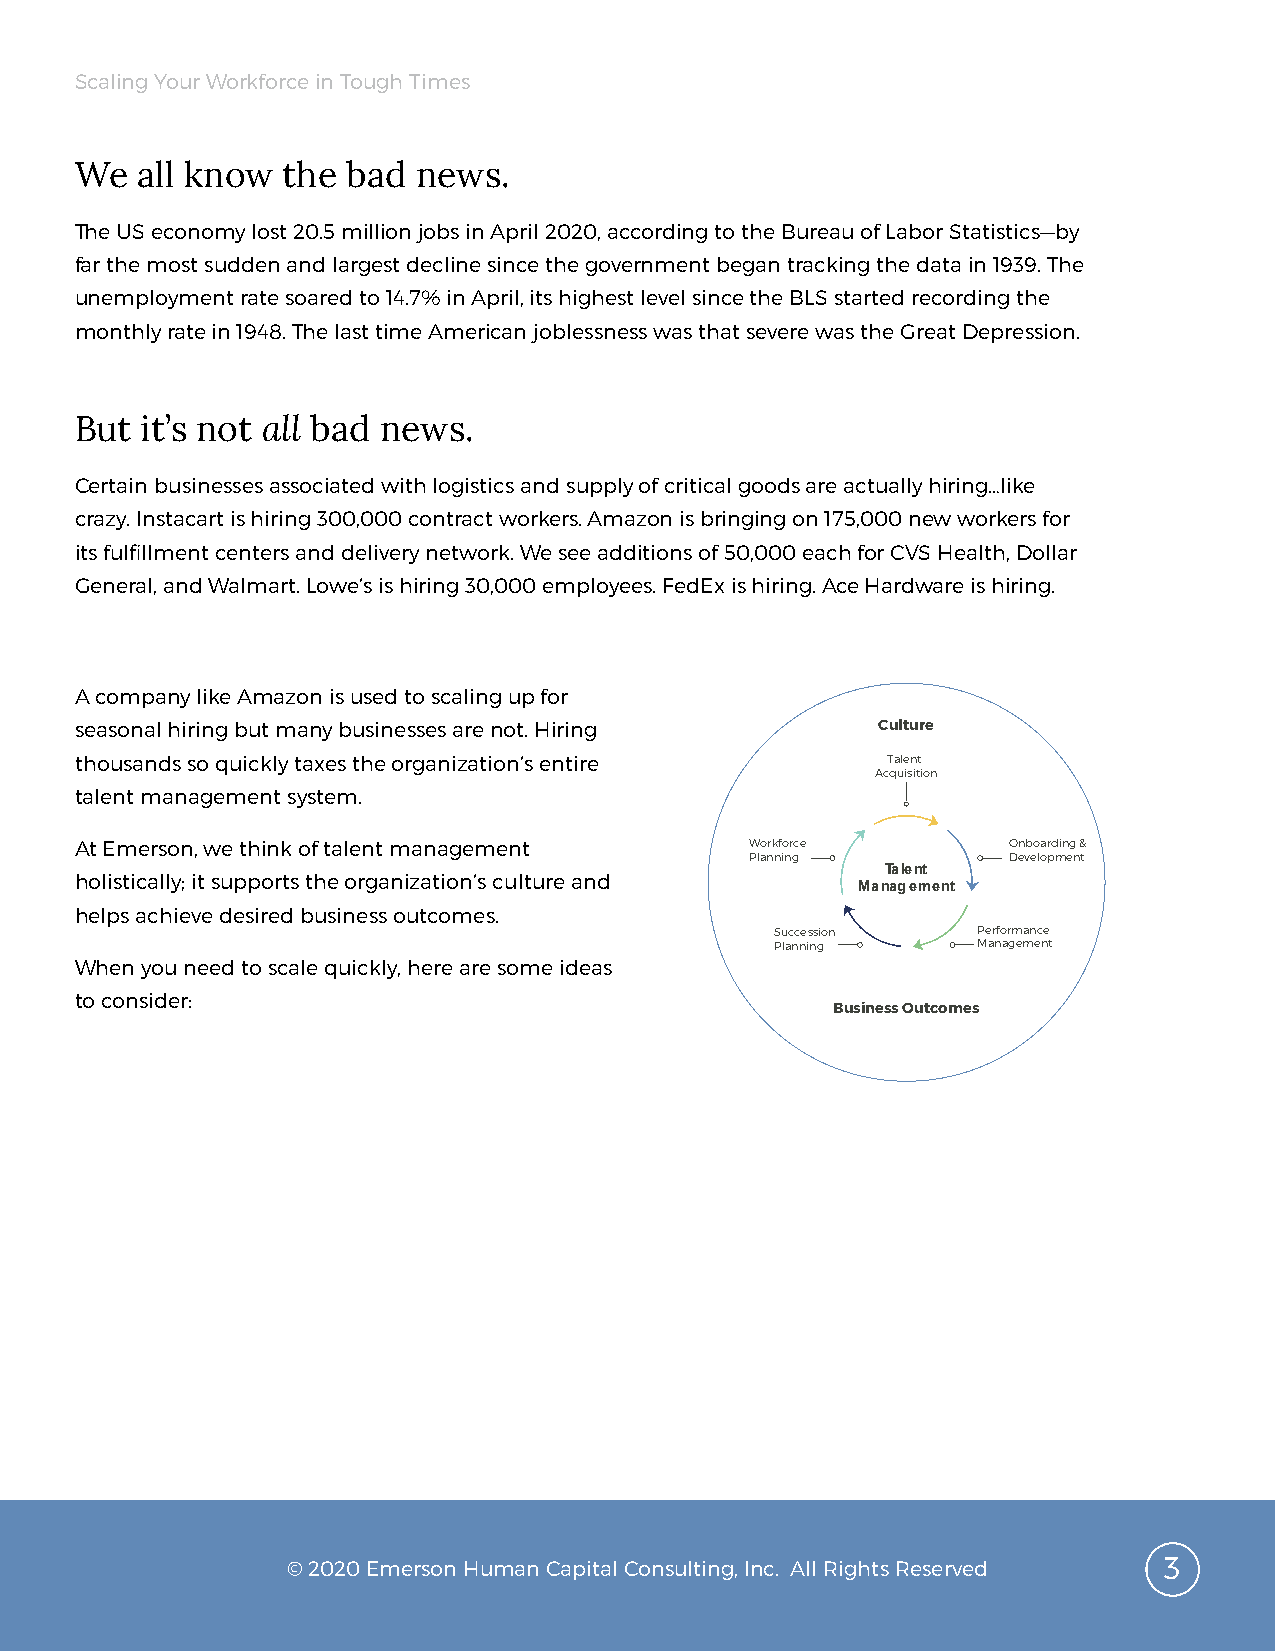
Scaling Your Workforce in Tough Times
 We  all know  the bad  news.
 The US economy lost 20.5 million jobs in April 2020, according to the Bureau of Labor Statistics—by
 far the most sudden and largest decline since the government began tracking the data in 1939. The
 unemployment rate soared to 14.7% in April, its highest level since the BLS started recording the
 monthly rate in 1948. The last time American joblessness was that severe was the Great Depression.
 But it’s not all bad news.
 Certain businesses associated with logistics and supply of critical goods are actually hiring…like
 crazy. Instacart is hiring 300,000 contract workers. Amazon is bringing on 175,000 new workers for
 its fulfillment centers and delivery network. We see additions of 50,000 each for CVS Health, Dollar
 General, and Walmart. Lowe’s is hiring 30,000 employees. FedEx is hiring. Ace Hardware is hiring.
 A company like Amazon is used to scaling up for
 seasonal hiring but many businesses are not. Hiring  Culture
 thousands so quickly taxes the organization’s entire  Talent
 Acquisition
 talent management system.
 At Emerson, we think of talent management    Workforce        Onboarding &
 Planning         Development
 Talent
 holistically; it supports the organization’s culture and
 Management
 helps achieve desired business outcomes.
 Succession    Performance
 Planning      Management
 When you need to scale quickly, here are some ideas
 to consider:
 Business Outcomes
 © 2020 Emerson Human Capital Consulting, Inc. All Rights Reserved 3